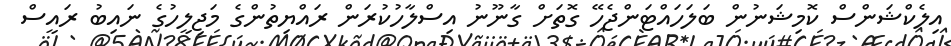
އިލެކްޝަންސް ކޮމިޝަނުން ބަލަހައްޓަންޖެހޭ ގޮތަށް ގާނޫނު އިސްލާހުކުރަން ރައްޔިތުންގެ މަޖިލީހުގެ ނައިބު ރައީސް